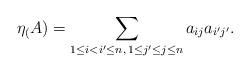
LaTeX: \begin{align*}\eta_(A) = \sum_{1 \leq i < i' \leq n,\, 1 \leq j' \leq j \leq n} a_{ij}a_{i'j'}.\end{align*}